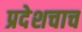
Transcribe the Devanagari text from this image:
प्रदेशचाच